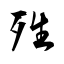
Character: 殅